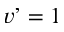
v ’ = 1